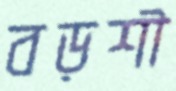
বড়শী